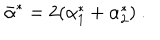
\bar { \alpha } ^ { * } = 2 ( \alpha _ { 1 } ^ { * } + \alpha _ { 2 } ^ { * } ) ~ .